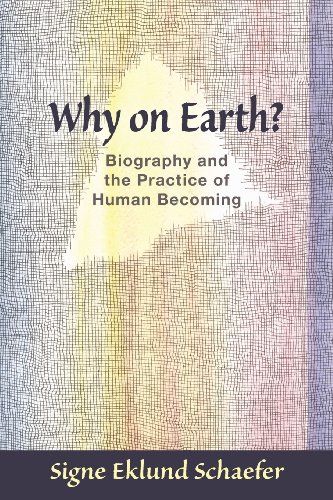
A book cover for Why on Earth?: Biography and the Practice of Human Becoming; Signe Schaefer; Religion & Spirituality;